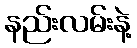
နည်းလမ်းနဲ့